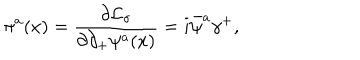
\pi ^ { a } ( x ) = { \frac { \partial { \cal L } _ { \sigma } } { \partial \partial _ { + } \psi ^ { a } ( x ) } } = i \bar { \psi } ^ { a } \gamma ^ { + } ,